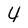
Character: 4